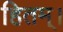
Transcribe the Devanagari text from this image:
हितम्।